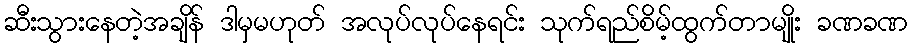
ဆီးသွားနေတဲ့အချိန် ဒါမှမဟုတ် အလုပ်လုပ်နေရင်း သုက်ရည်စိမ့်ထွက်တာမျိုး ခဏခဏ